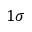
1 \sigma